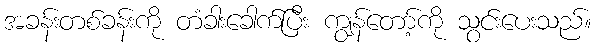
အခန်းတစ်ခန်းကို တံခါးခေါက်ပြီး ကျွန်တော့်ကို သွင်းပေးသည်။